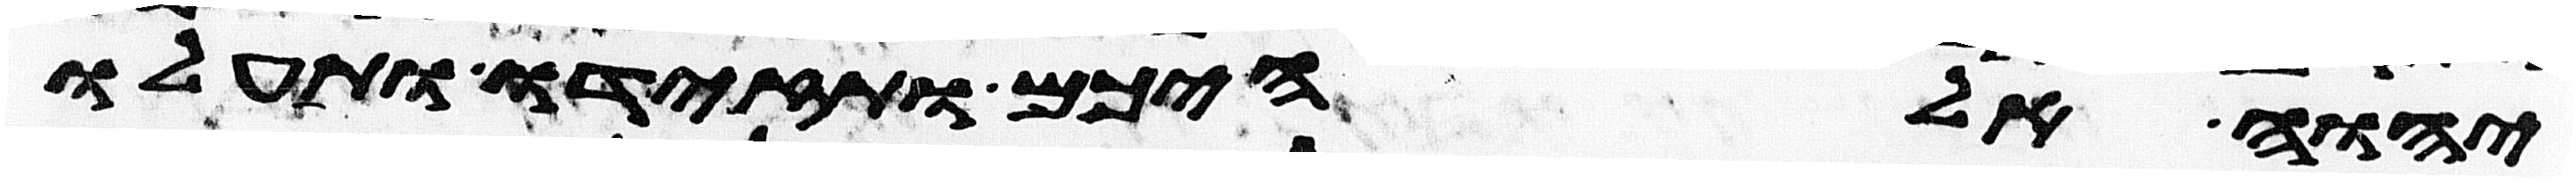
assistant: יהוה אלהיכם ותזידו ותעלו